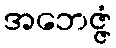
အဘေဇ္ဇံ